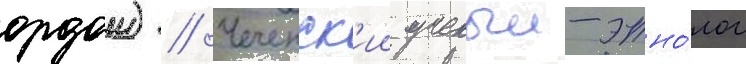
ордои) // Чеченск'ии ученыи-этно́лог